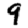
Digit: 9